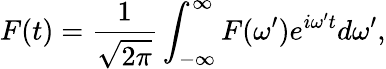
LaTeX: F(t)=\frac{1}{\sqrt{2\pi}}\int_{-\infty}^{\infty}F(\omega^{\prime})e^{i\omega^{\prime}t}d\omega^{\prime},